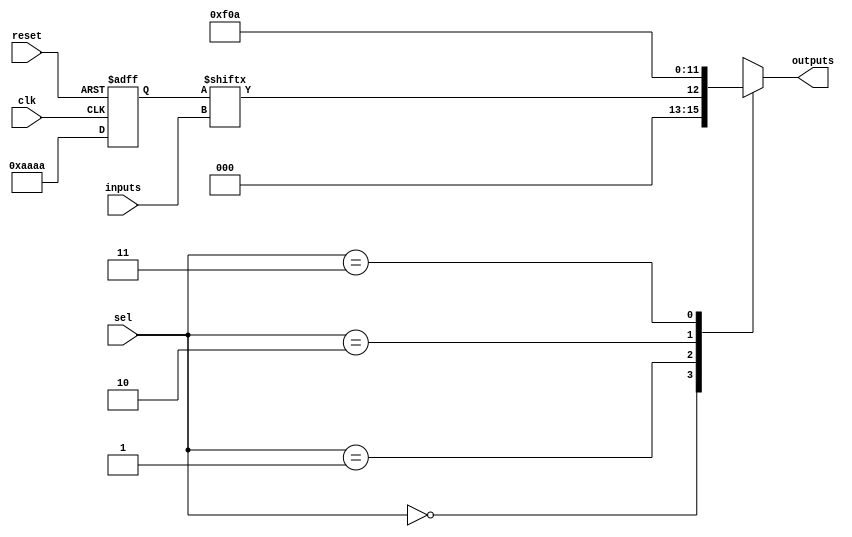
module CLB (
    input wire [3:0] inputs,        // 4 input signals
    input wire [1:0] sel,           // Multiplexer select signals
    input wire clk,                 // Clock signal for control
    input wire reset,               // Reset signal
    output wire [3:0] outputs       // 4 output signals
);

// Configuration memory for LUT (example: 4-input LUT)
reg [15:0] lut_memory; // 16 possible combinations for 4 inputs

// Internal signals
wire [3:0] lut_out;     // Output from LUT
wire [3:0] mux_out;     // Output from multiplexer

// LUT implementation
always @(posedge clk or posedge reset) begin
    if (reset) begin
        lut_memory <= 16'b0; // Reset LUT memory
    end else begin
        // Example: Configure LUT for a specific logic function
        lut_memory <= 16'b1010101010101010; // Example pattern
    end
end

// LUT logic
assign lut_out = lut_memory[inputs]; // Output based on LUT configuration

// Multiplexer implementation
always @(*) begin
    case (sel)
        2'b00: mux_out = lut_out;          // Select LUT output
        2'b01: mux_out = 4'b1111;          // Example: Select constant high
        2'b10: mux_out = 4'b0000;          // Example: Select constant low
        2'b11: mux_out = 4'b1010;          // Example: Select another constant
        default: mux_out = 4'b0000;        // Default case
    endcase
end

// Output assignment
assign outputs = mux_out;

endmodule